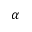
\alpha